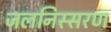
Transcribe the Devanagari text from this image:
जलनिस्सरण